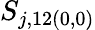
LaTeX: S_{j,12(0,0)}